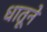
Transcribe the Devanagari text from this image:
धातूने